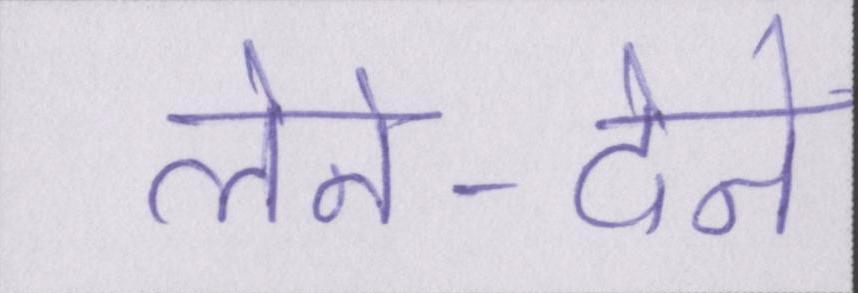
लेने-देने